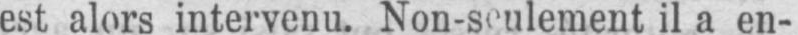
il a en-